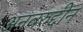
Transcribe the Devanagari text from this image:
अनवरुद्दीन